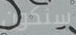
سنكون